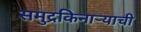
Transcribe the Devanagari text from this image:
समुद्रकिनाऱ्याची